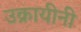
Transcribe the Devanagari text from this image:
उक्रायीनी